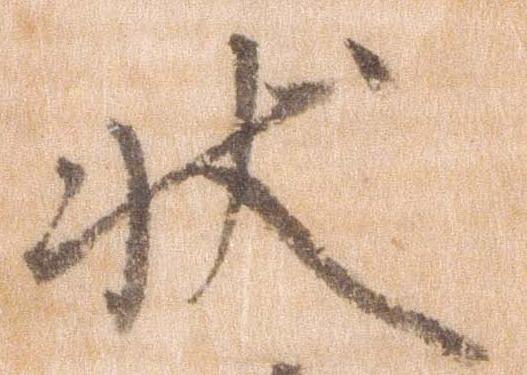
状